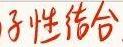
子性结合